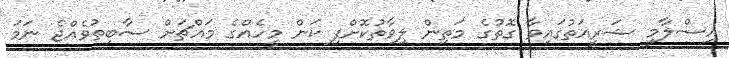
އިސްލާމީ ޝަރީއަތުގައިވާ ގޮތުގެ މަތިން ލިވާތުކޮށްފި ކަން މީހެއްގެ މައްޗަށް ސާބިތުވެއްޖެ ނަމަ